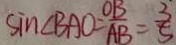
\sin \angle B A O = \frac { O B } { A B } = \frac { 3 } { 5 }